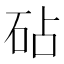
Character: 砧